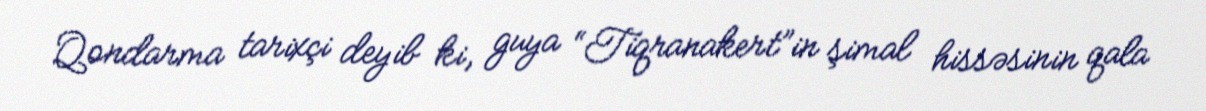
Qondarma tarixçi deyib ki, guya “Tiqranakert”in şimal hissəsinin qala